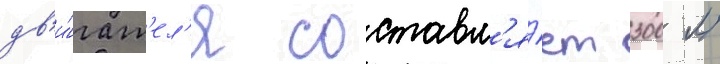
дв'и́гат'ел'я составл'я́ет 300 л